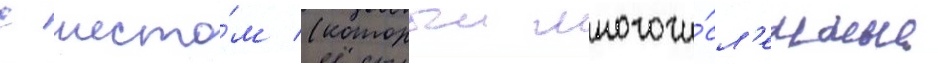
с шесто́м (которыи многочи́сл'енные